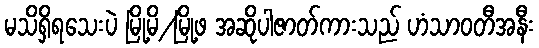
မသိရှိရသေးပဲ မြို့မိ/မြို့ဖ အဆိုပါဇာတ်ကားသည် ဟံသာဝတီအနီး